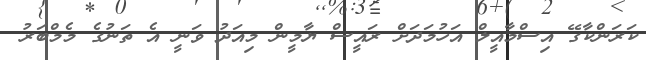
ކަރަންކާގޭ އިސްމާއީލް އަހުމަދަށް ރައީސް ޔާމީން މިއަދު ވަނީ އެ ތަނުގެ މެމްބަރު